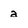
Character: a